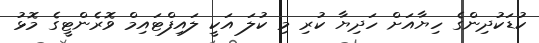
ކުޑަކުދިންގެ ހިޔާއަށް ހަދިޔާ ކުރި މި ކުލަ އަކީ ލައިފްޓައިމް ވޮރެންޓީގެ މޮޅު